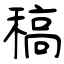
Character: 稿